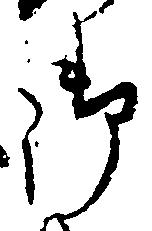
御